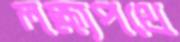
লক্ষ্যপথে